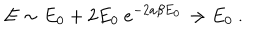
LaTeX: E \sim E _ { 0 } + 2 E _ { 0 } \ e ^ { - 2 a \beta E _ { 0 } } \rightarrow E _ { 0 } \ .